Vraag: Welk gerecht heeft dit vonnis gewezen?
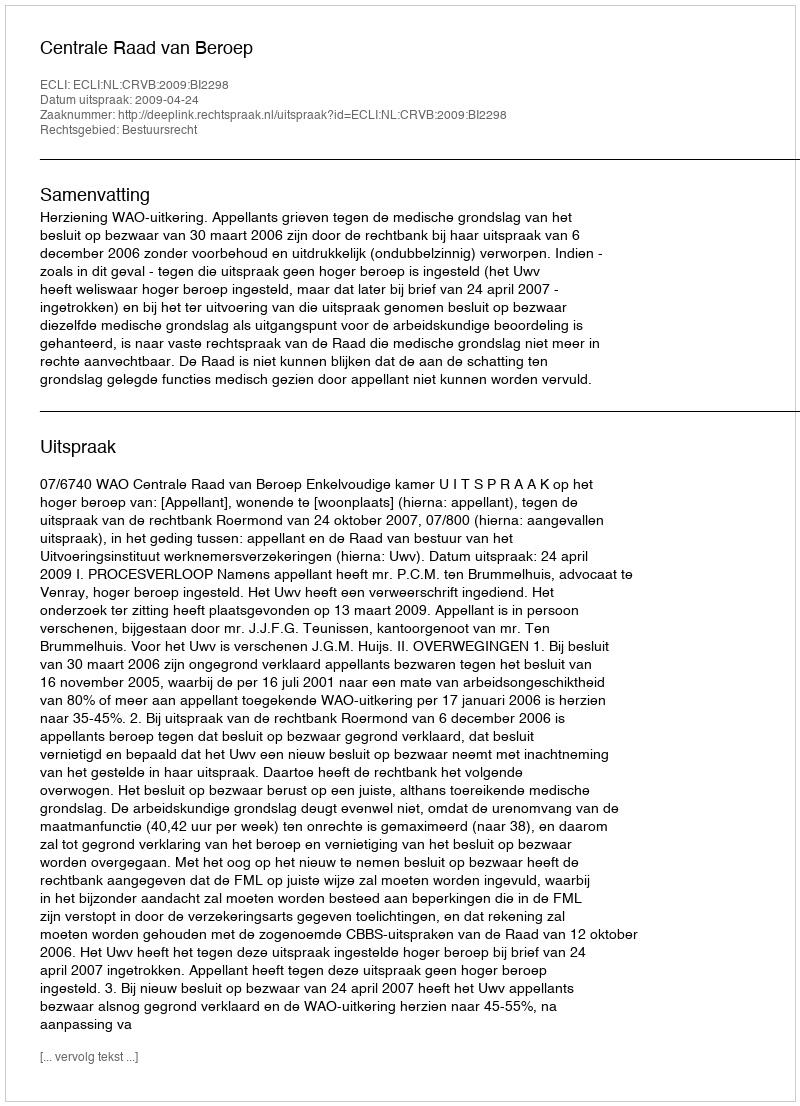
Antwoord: Centrale Raad van Beroep